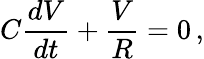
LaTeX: C{\frac{dV}{dt}}+{\frac{V}{R}}=0\, ,